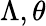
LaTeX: \Lambda,\theta